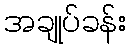
အချုပ်ခန်း